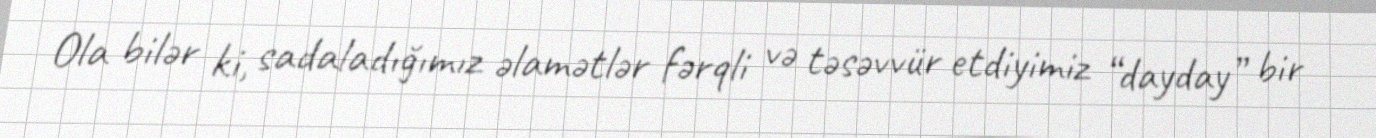
Ola bilər ki, sadaladığımız əlamətlər fərqli və təsəvvür etdiyimiz “dayday” bir